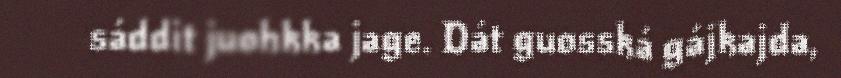
sáddit juohkka jage. Dát guosská gájkajda,